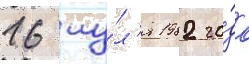
16 иу́л'я 1982 го́да